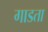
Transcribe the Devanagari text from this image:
गाडता